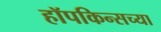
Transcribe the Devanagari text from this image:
हॉपकिन्सच्या